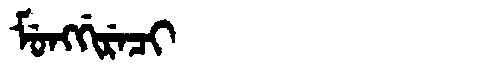
Manchu: ᠮᡠᠩᡤᡳᡵᡝᠴᡳ
Romanization: MUNGGIRECI